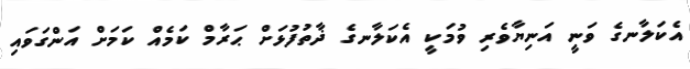
އެކަލާނގެ ވަނީ އަނިޔާވެރި ވުމަކީ އެކަލާނގެ ޛާތުފުޅަށް ޙަރާމް ކަމެއް ކަމަށް އަންގަވައި